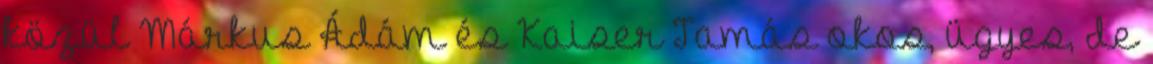
közül Márkus Ádám és Kaiser Tamás okos, ügyes, de